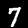
Label: 7